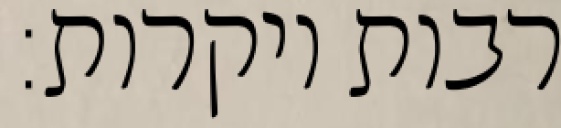
רבות ויקרות: